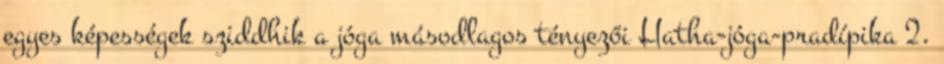
egyes képességek sziddhik a jóga másodlagos tényezői Hatha-jóga-pradípika 2.